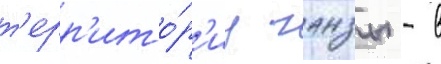
т'ерр'ито́р'иу ганзы - в